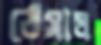
ঠেসাল